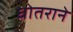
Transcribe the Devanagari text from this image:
धोतराने